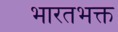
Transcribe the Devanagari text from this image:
भारतभक्त